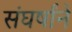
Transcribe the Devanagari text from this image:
संघर्षांने